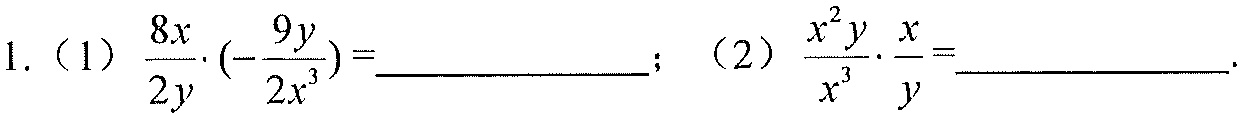
1.（1）\(\frac{8x}{2y}\cdot(-\frac{9y}{2x^{3}})=\underline{\quad\quad}\)；（2）\(\frac{x^{2}y}{x^{3}}\cdot\frac{x}{y}=\underline{\quad\quad}\).